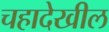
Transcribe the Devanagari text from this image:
चहादेखील